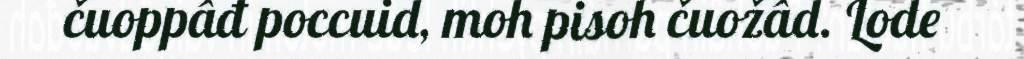
čuoppâđ poccuid, moh pisoh čuožâd. Lode